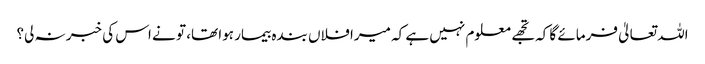
اللہ تعالیٰ فرمائے گا کہ تجھے معلوم نہیں ہے کہ میرا فلاں بندہ بیمار ہوا تھا، تو نے اس کی خبر نہ لی؟